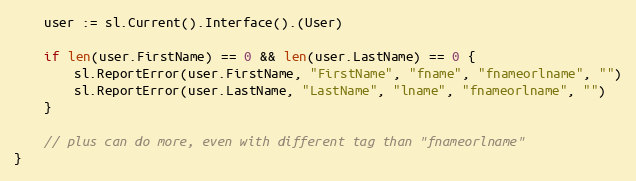
Language: Go
	user := sl.Current().Interface().(User)

	if len(user.FirstName) == 0 && len(user.LastName) == 0 {
		sl.ReportError(user.FirstName, "FirstName", "fname", "fnameorlname", "")
		sl.ReportError(user.LastName, "LastName", "lname", "fnameorlname", "")
	}

	// plus can do more, even with different tag than "fnameorlname"
}